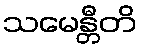
သမေန္တီတိ